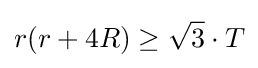
r(r+4R)\geq {\sqrt {3}}\cdot T